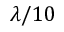
\lambda / 1 0